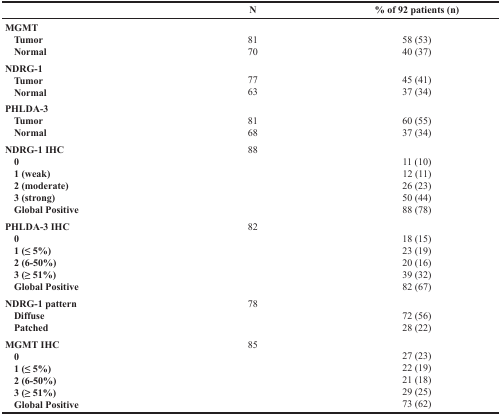
<table><thead><tr><td></td><td><b>N</b></td><td><b>% of 92 patients (n)</b></td></tr></thead><tbody><tr><td><b>MGMT</b> <b>Tumor</b> <b>Normal</b></td><td>8170</td><td>58 (53)40 (37)</td></tr><tr><td><b>NDRG-1</b> <b>Tumor</b> <b>Normal</b></td><td>7763</td><td>45 (41)37 (34)</td></tr><tr><td><b>PHLDA-3</b> <b>Tumor</b> <b>Normal</b></td><td>8168</td><td>60 (55)37 (34)</td></tr><tr><td><b>NDRG-1 IHC</b> <b>0</b> <b>1 (weak)</b> <b>2 (moderate)</b> <b>3 (strong)</b> <b>Global Positive</b></td><td>88</td><td>11 (10)12 (11)26 (23)50 (44)88 (78)</td></tr><tr><td><b>PHLDA-3 IHC</b> <b>0</b> <b>1 (≤ 5%)</b> <b>2 (6-50%)</b> <b>3 (≥ 51%)</b> <b>Global Positive</b></td><td>82</td><td>18 (15)23 (19)20 (16)39 (32)82 (67)</td></tr><tr><td><b>NDRG-1 pattern</b> <b>Diffuse</b> <b>Patched</b></td><td>78</td><td>72 (56)28 (22)</td></tr><tr><td><b>MGMT IHC</b> <b>0</b> <b>1 (≤ 5%)</b> <b>2 (6-50%)</b> <b>3 (≥ 51%)</b> <b>Global Positive</b></td><td>85</td><td>27 (23)22 (19)21 (18)29 (25)73 (62)</td></tr></tbody></table>